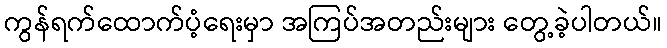
ကွန်ရက်ထောက်ပံ့ရေးမှာ အကြပ်အတည်းများ တွေ့ခဲ့ပါတယ်။